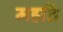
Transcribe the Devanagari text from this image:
महतिं